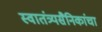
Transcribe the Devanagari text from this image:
स्वातंत्र्यसैनिकांचा